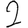
Digit: 2